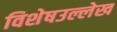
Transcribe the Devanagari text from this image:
विशेषउल्लेख